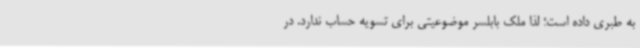
به طبری داده است؛ لذا ملک بابلسر موضوعیتی برای تسویه حساب ندارد. در